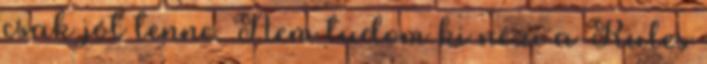
csak jót tenne. Nem tudom ki nézi a Rules